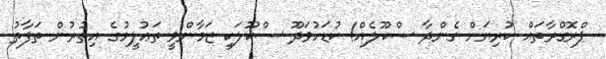
ޕްރޮގްރާތައް ކުރިޔަށް ގެންދާ ސްކޫލެއް! ކުޑަހުވަދޫ ސްކޫލަކީ ޒަމާންވީ ތަޢުލީމުގެ އިތުރުން ތަފާތު